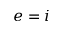
e = i